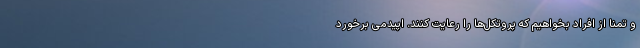
و تمنا از افراد بخواهیم که پروتکل‌ها را رعایت کنند. اپیدمی برخورد